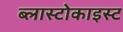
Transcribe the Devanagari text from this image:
ब्लास्टोकाइस्ट